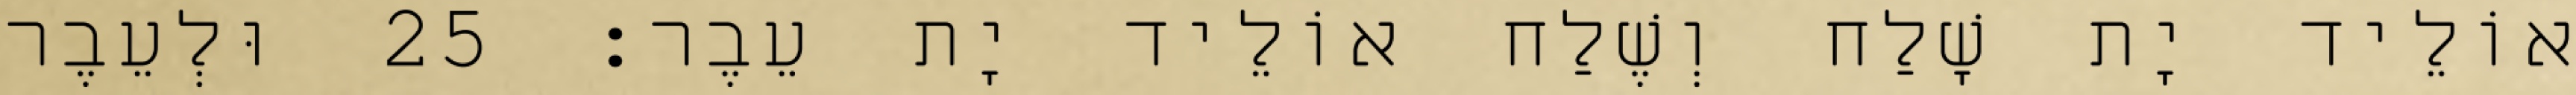
אוֹלֵיד יָת שָׁלַח וְשֶׁלַח אוֹלֵיד יָת עֵבֶר׃ 25 וּלְעֵבֶר